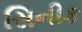
સિનીક